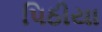
પિઠીયા